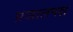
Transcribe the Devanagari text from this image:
प्रजालपक्ष